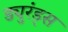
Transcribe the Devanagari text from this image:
ड्युरंड्स